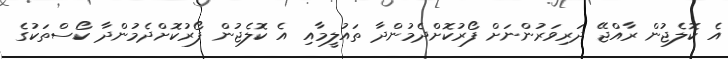
އެ ކޮލެޖުން ރާއްޖޭ ދަރިވަރުންނަށް ފޯރުކޮށްދެމުންދާ ތައުލީމާއި އެ ކޮލެޖުން ފޯރުކޮށްދެމުންދާ ކޯސްތަކުގެ